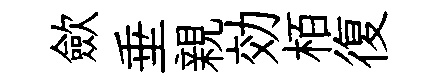
歛垂親効栢復